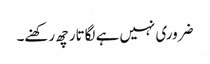
ضروری نہیں ہے لگاتار چھ رکھنے۔